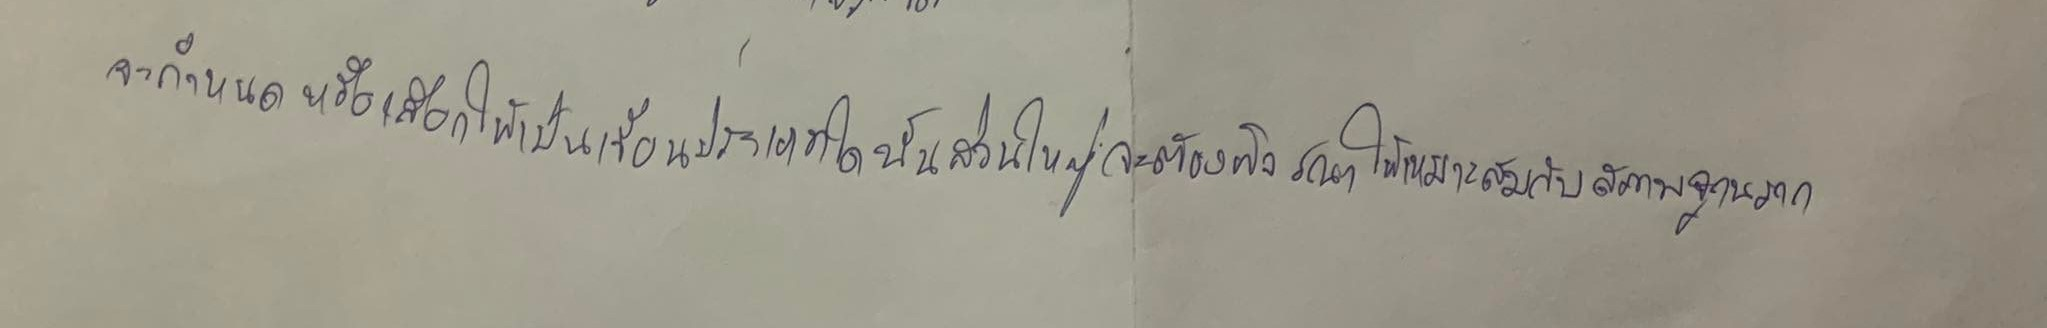
จะกำหนดหรือเลือกให้เป็นเขื่อนประเภทใดนั้นส่วนใหญ่จะต้องพิจารณาให้เหมาะสมกับสภาพของฐานราก